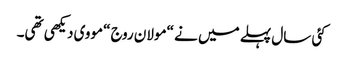
کئی سال پہلے میں نے “مولان روج “مووی دیکھی تھی۔